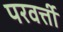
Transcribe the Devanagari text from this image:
परवर्त्ती